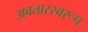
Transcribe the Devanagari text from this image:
अवतारस्वरूप